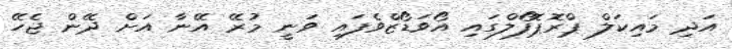
އަދި މައިކަލް ޕްރޮޕޮފޯލްގައި އޯވަޑޯޒްވެފައި ވަނީ މުރޭ އޭނާ އަށް ދޭން ޖެހޭ